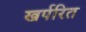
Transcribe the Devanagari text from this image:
खर्परित